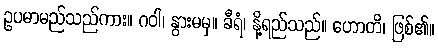
ဥပမာမည်သည်ကား။ ဂဝါ၊ နွားမမှ။ ခီရံ၊ နို့ရည်သည်။ ဟောတိ၊ ဖြစ်၏။